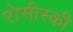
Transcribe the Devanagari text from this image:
रोसीस्की